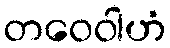
တဝေဝါဟံ